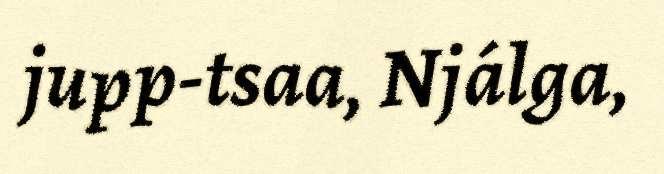
jupp-tsaa, Njálga,